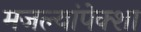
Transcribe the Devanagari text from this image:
मजल्यांपेक्शा